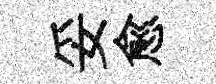
妥愈